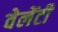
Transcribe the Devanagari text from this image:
वेलेंटी